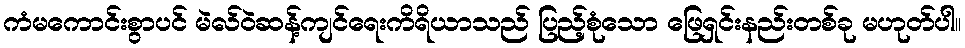
ကံမကောင်းစွာပင် မဲလ်ဝဲဆန့်ကျင်ရေးကိရိယာသည် ပြည့်စုံသော ဖြေရှင်းနည်းတစ်ခု မဟုတ်ပါ။